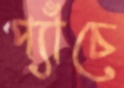
প্যাঁচে